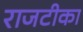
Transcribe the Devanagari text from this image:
राजटीका